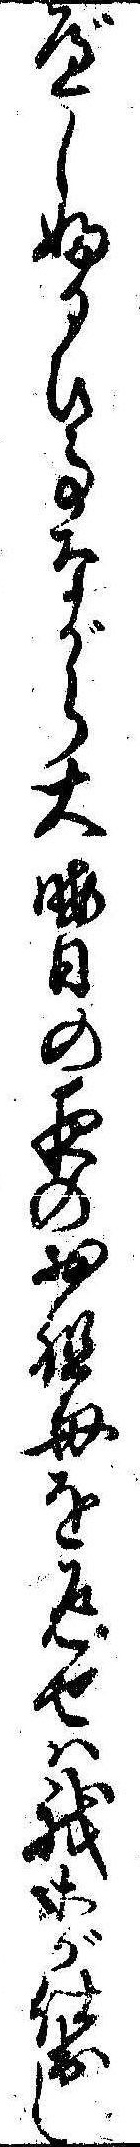
べしふるひ事ながら大晦日の夜のお祖母を返せは我等が仕出し